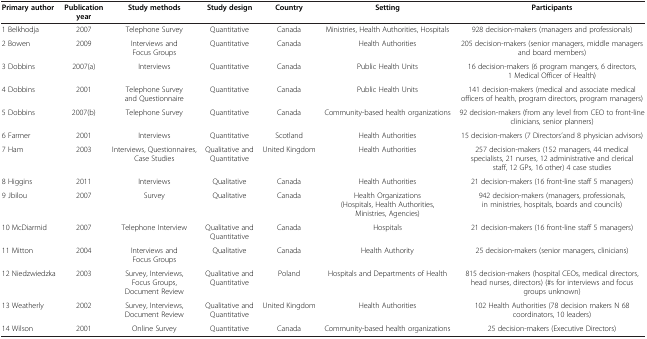
<table><thead><tr><td><b>Primary author</b></td><td><b>Publication year</b></td><td><b>Study methods</b></td><td><b>Study design</b></td><td><b>Country</b></td><td><b>Setting</b></td><td><b>Participants</b></td></tr></thead><tbody><tr><td>1 Belkhodja</td><td>2007</td><td>Telephone Survey</td><td>Quantitative</td><td>Canada</td><td>Ministries, Health Authorities, Hospitals</td><td>928 decision-makers (managers and professionals)</td></tr><tr><td>2 Bowen</td><td>2009</td><td>Interviews and Focus Groups</td><td>Quantitative</td><td>Canada</td><td>Health Authorities</td><td>205 decision-makers (senior managers, middle managers and board members)</td></tr><tr><td>3 Dobbins</td><td>2007(a)</td><td>Interviews</td><td>Quantitative</td><td>Canada</td><td>Public Health Units</td><td>16 decision-makers (6 program mangers, 6 directors, 1 Medical Officer of Health)</td></tr><tr><td>4 Dobbins</td><td>2001</td><td>Telephone Survey and Questionnaire</td><td>Quantitative</td><td>Canada</td><td>Public Health Units</td><td>141 decision-makers (medical and associate medical officers of health, program directors, program managers)</td></tr><tr><td>5 Dobbins</td><td>2007(b)</td><td>Telephone Survey</td><td>Quantitative</td><td>Canada</td><td>Community-based health organizations</td><td>92 decision-makers (from any level from CEO to front-line clinicians, senior planners)</td></tr><tr><td>6 Farmer</td><td>2001</td><td>Interviews</td><td>Quantitative</td><td>Scotland</td><td>Health Authorities</td><td>15 decision-makers (7 Directors’and 8 physician advisors)</td></tr><tr><td>7 Ham</td><td>2003</td><td>Interviews, Questionnaires, Case Studies</td><td>Qualitative and Quantitative</td><td>United Kingdom</td><td>Health Authorities</td><td>257 decision-makers (152 managers, 44 medical specialists, 21 nurses, 12 administrative and clerical staff, 12 GPs, 16 other) 4 case studies</td></tr><tr><td>8 Higgins</td><td>2011</td><td>Interviews</td><td>Qualitative</td><td>Canada</td><td>Health Authorities</td><td>21 decision-makers (16 front-line staff 5 managers)</td></tr><tr><td>9 Jbilou</td><td>2007</td><td>Survey</td><td>Qualitative</td><td>Canada</td><td>Health Organizations (Hospitals, Health Authorities, Ministries, Agencies)</td><td>942 decision-makers (managers, professionals, in ministries, hospitals, boards and councils)</td></tr><tr><td>10 McDiarmid</td><td>2007</td><td>Telephone Interview</td><td>Qualitative and Quantitative</td><td>Canada</td><td>Hospitals</td><td>21 decision-makers (16 front-line staff 5 managers)</td></tr><tr><td>11 Mitton</td><td>2004</td><td>Interviews and Focus Groups</td><td>Qualitative</td><td>Canada</td><td>Health Authority</td><td>25 decision-makers (senior managers, clinicians)</td></tr><tr><td>12 Niedzwiedzka</td><td>2003</td><td>Survey, Interviews, Focus Groups, Document Review</td><td>Qualitative and Quantitative</td><td>Poland</td><td>Hospitals and Departments of Health</td><td>815 decision-makers (hospital CEOs, medical directors, head nurses, directors) (#s for interviews and focus groups unknown)</td></tr><tr><td>13 Weatherly</td><td>2002</td><td>Survey, Interviews, Document Review</td><td>Qualitative and Quantitative</td><td>United Kingdom</td><td>Health Authorities</td><td>102 Health Authorities (78 decision makers N 68 coordinators, 10 leaders)</td></tr><tr><td>14 Wilson</td><td>2001</td><td>Online Survey</td><td>Quantitative</td><td>Canada</td><td>Community-based health organizations</td><td>25 decision-makers (Executive Directors)</td></tr></tbody></table>